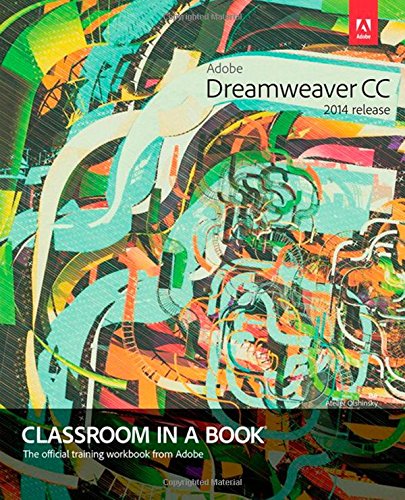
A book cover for Adobe Dreamweaver CC Classroom in a Book (2014 release); James J. Maivald; Computers & Technology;